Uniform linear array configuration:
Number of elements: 4
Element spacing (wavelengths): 1
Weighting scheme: hann
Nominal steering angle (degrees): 45
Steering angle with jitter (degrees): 43.527
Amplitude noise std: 0.05
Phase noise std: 0.05

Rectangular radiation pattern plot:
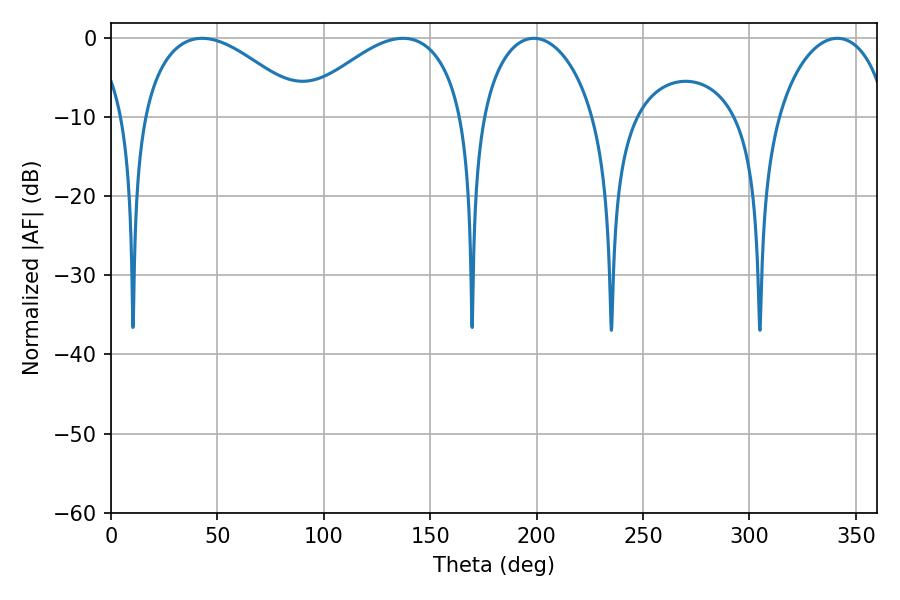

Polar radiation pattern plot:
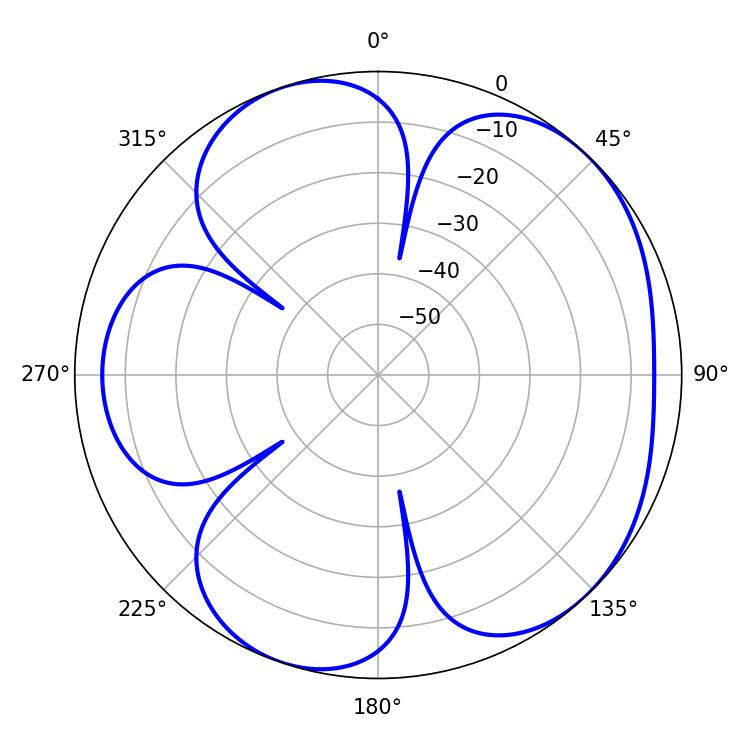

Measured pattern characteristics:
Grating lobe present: TRUE
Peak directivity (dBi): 5.209
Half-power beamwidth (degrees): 42.66
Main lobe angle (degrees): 42.84